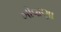
ખોવાણા